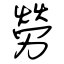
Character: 勞